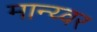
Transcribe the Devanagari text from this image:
मान्य्वर